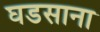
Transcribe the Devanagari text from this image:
घडसाना